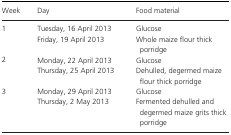
<table><thead><tr><td><b>Week</b></td><td><b>Day</b></td><td><b>Food material</b></td></tr></thead><tbody><tr><td rowspan="2">1</td><td>Tuesday, 16 April 2013</td><td>Glucose</td></tr><tr><td>Friday, 19 April 2013</td><td>Whole maize flour thick porridge</td></tr><tr><td rowspan="2">2</td><td>Monday, 22 April 2013</td><td>Glucose</td></tr><tr><td>Thursday, 25 April 2013</td><td>Dehulled, degermed maize flour thick porridge</td></tr><tr><td rowspan="2">3</td><td>Monday, 29 April 2013</td><td>Glucose</td></tr><tr><td>Thursday, 2 May 2013</td><td>Fermented dehulled and degermed maize grits thick porridge</td></tr></tbody></table>